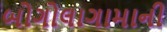
બોગોલાગામાની